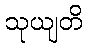
သုယျတိ